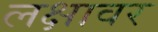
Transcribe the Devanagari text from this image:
लक्षावर